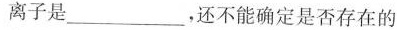
离子是___，还不能确定是否存在的